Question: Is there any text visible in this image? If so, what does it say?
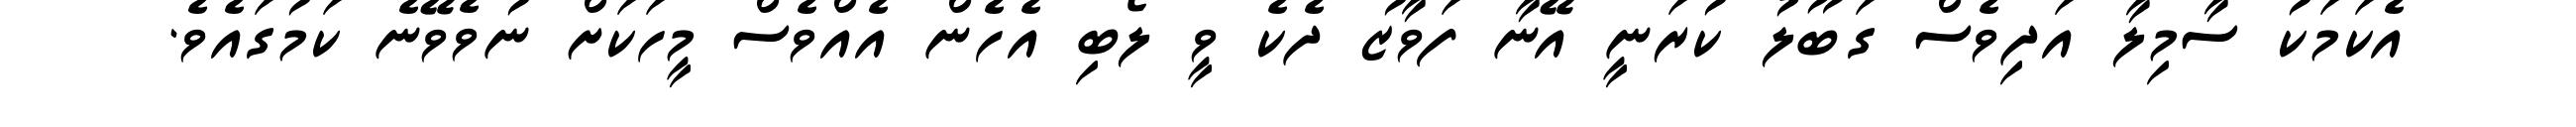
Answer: އެކަމަކު ސާމިލާ އަދިވެސް ގަބޫލު ކުރަނީ އޭނާ ފަވާޒު ދެކެ ވީ ލޯބި އެހެން އެއްވެސް މީހަކަށް ނުވެވޭނެ ކަމުގައެވެ.